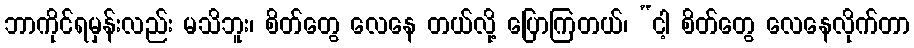
ဘာကိုင်ရမှန်းလည်း မသိဘူး၊ စိတ်တွေ လေနေ တယ်လို့ ပြောကြတယ်၊ “ငါ့ စိတ်တွေ လေနေလိုက်တာ